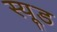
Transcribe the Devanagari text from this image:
स्‍यूड